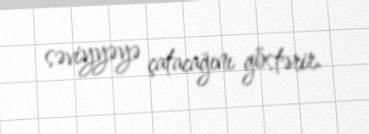
səviyyəyə çatacağını göstərir.